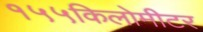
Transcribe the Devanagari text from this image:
१५५किलोमीटर